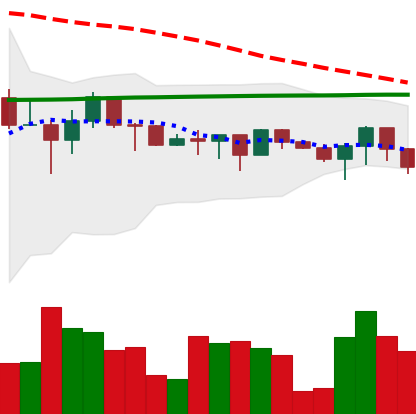
Ticker: XRP-USD
Chart end date: 2022-12-15
Forward return: -7.631%
Label: down_7plus